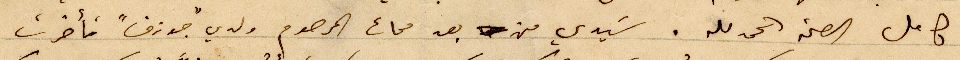
كامل الصحة الحمد لله. سَيدي من بعد مماة المرحوم ولدي "جوزف" تأخرت